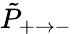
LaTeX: \tilde{P}_{+\rightarrow-}